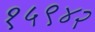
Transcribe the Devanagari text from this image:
१५९४२